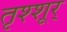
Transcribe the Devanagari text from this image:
तृश्शूर्